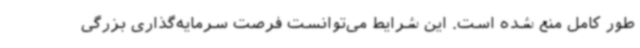
طور کامل منع شده است. این شرایط می‌توانست فرصت سرمایه‌گذاری بزرگی